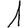
Digit: 1